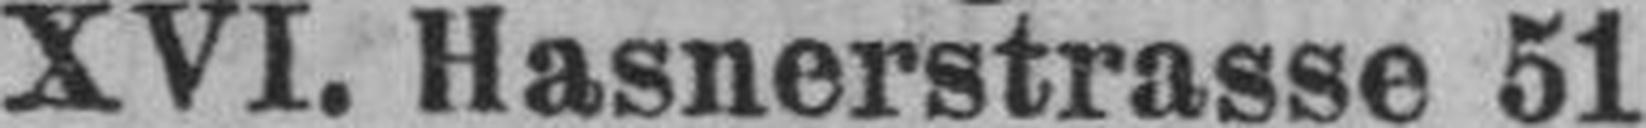
XVI. Hasnerstrasse 51